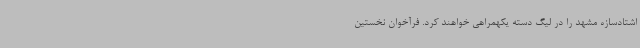
اشتادسازه مشهد را در لیگ دسته یکهمراهی خواهند کرد. فرآخوان نخستین